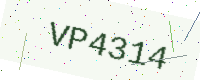
Text: VP4314